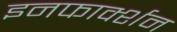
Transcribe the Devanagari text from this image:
इनफार्क्शन